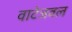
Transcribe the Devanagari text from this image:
वाटेजवल